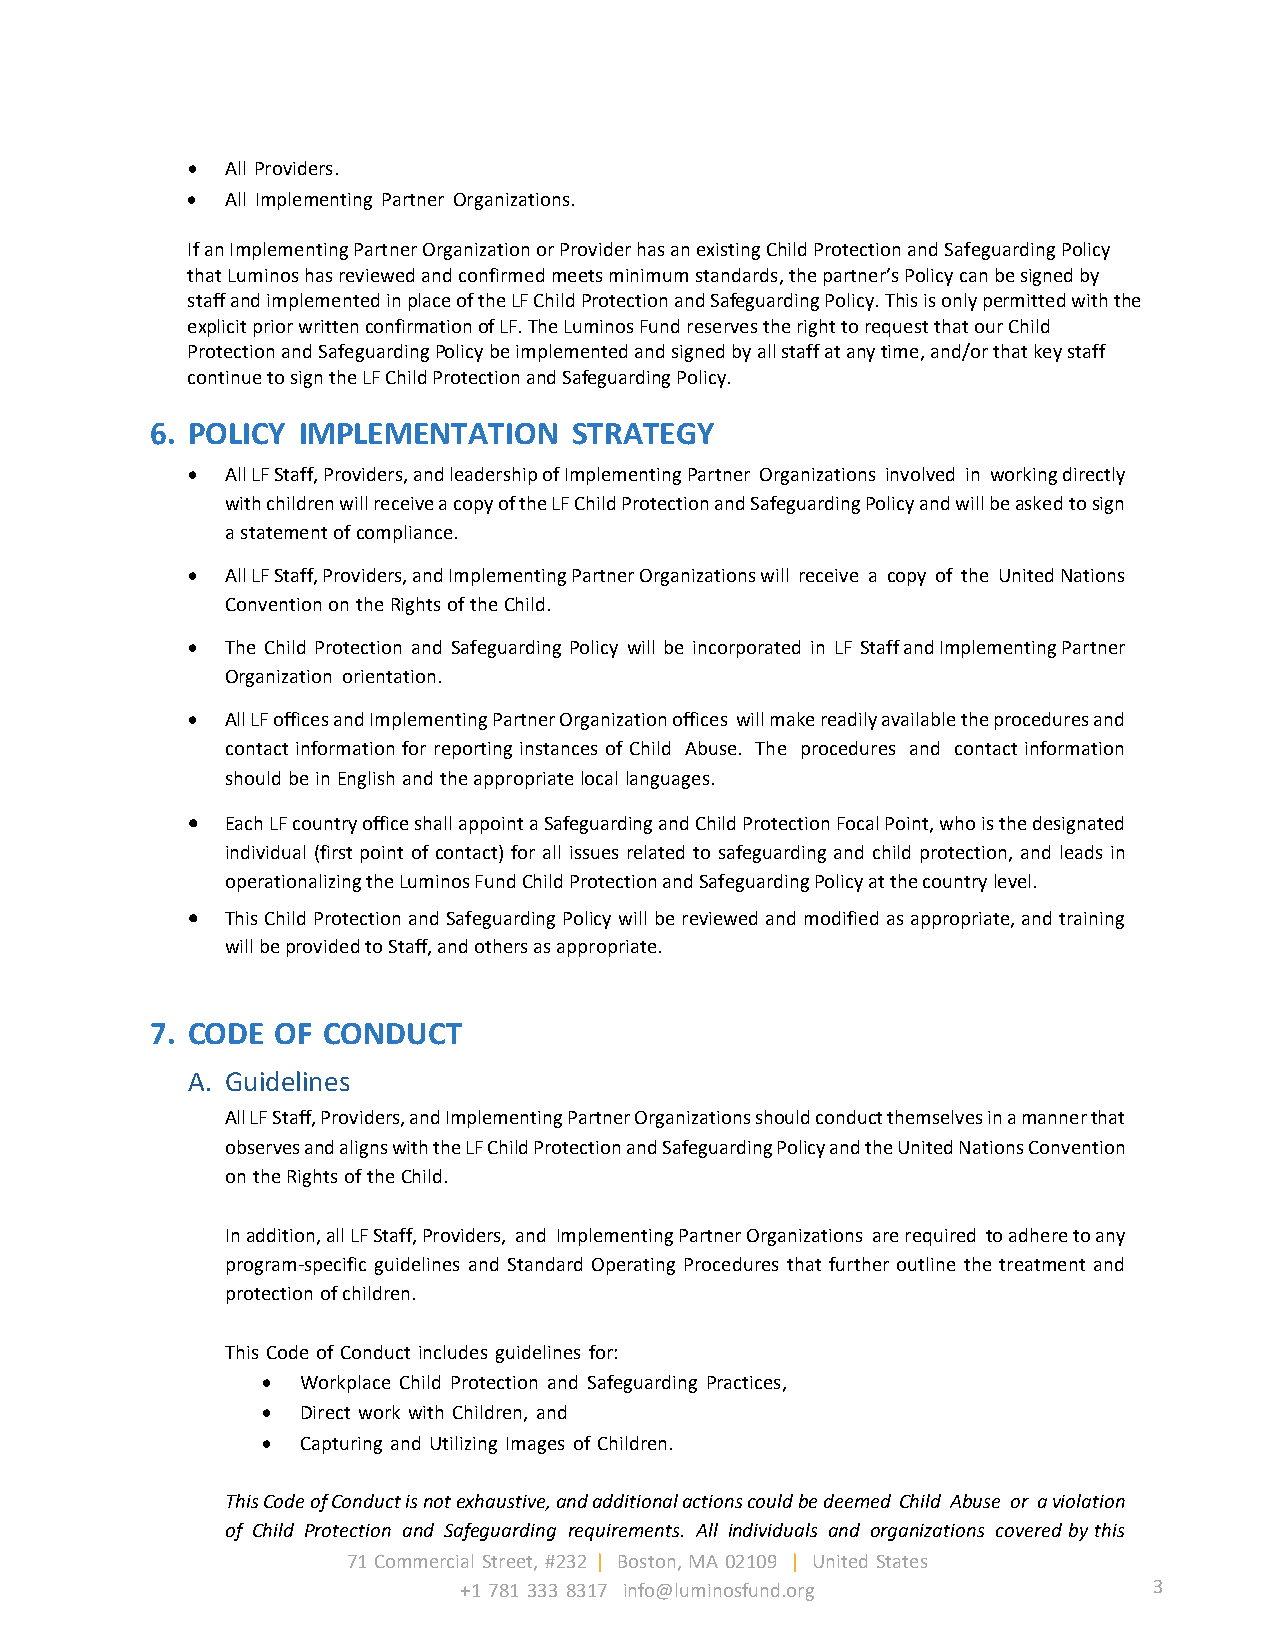
•  All Providers.
 •  All Implementing Partner Organizations.
 If an Implementing Partner Organization or Provider has an existing Child Protection and Safeguarding Policy
 that Luminos has reviewed and confirmed meets minimum standards, the partner’s Policy can be signed by
 staff and implemented in place of the LF Child Protection and Safeguarding Policy. This is only permitted with the
 explicit prior written confirmation of LF. The Luminos Fund reserves the right to request that our Child
 Protection and Safeguarding Policy be implemented and signed by all staff at any time, and/or that key staff
 continue to sign the LF Child Protection and Safeguarding Policy.
 6. POLICY IMPLEMENTATION    STRATEGY
 •  All LF Staff, Providers, and leadership of Implementing Partner Organizations involved in working directly
 with children will receive a copy of the LF Child Protection and Safeguarding Policy and will be asked to sign
 a statement of compliance.
 •  All LF Staff, Providers, and Implementing Partner Organizations will receive a copy of the United Nations
 Convention on the Rights of the Child.
 •  The Child Protection and Safeguarding Policy will be incorporated in LF Staff and Implementing Partner
 Organization orientation.
 •  All LF offices and Implementing Partner Organization offices will make readily available the procedures and
 contact information for reporting instances of Child Abuse. The procedures and contact information
 should be in English and the appropriate local languages.
 •  Each LF country office shall appoint a Safeguarding and Child Protection Focal Point, who is the designated
 individual (first point of contact) for all issues related to safeguarding and child protection, and leads in
 operationalizing the Luminos Fund Child Protection and Safeguarding Policy at the country level.
 •  This Child Protection and Safeguarding Policy will be reviewed and modified as appropriate, and training
 will be provided to Staff, and others as appropriate.
 7. CODE OF CONDUCT
 A. Guidelines
 All LF Staff, Providers, and Implementing Partner Organizations should conduct themselves in a manner that
 observes and aligns with the LF Child Protection and Safeguarding Policy and the United Nations Convention
 on the Rights of the Child.
 In addition, all LF Staff, Providers, and Implementing Partner Organizations are required to adhere to any
 program-specific guidelines and Standard Operating Procedures that further outline the treatment and
 protection of children.
 This Code of Conduct includes guidelines for:
 •  Workplace Child Protection and Safeguarding Practices,
 •  Direct work with Children, and
 •  Capturing and Utilizing Images of Children.
 This Code of Conduct is not exhaustive, and additional actions could be deemed Child Abuse or a violation
 of Child Protection and Safeguarding requirements. All individuals and organizations covered by this
 71 Commercial Street, #232 | Boston, MA 02109 | United States
 +1 781 333 8317 info@luminosfund.org          3